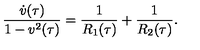
\frac { \dot { v } ( \tau ) } { 1 - v ^ { 2 } ( \tau ) } = \frac { 1 } { R _ { 1 } ( \tau ) } + \frac { 1 } { R _ { 2 } ( \tau ) } .